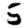
Digit: 5